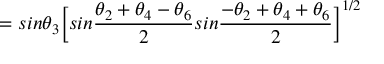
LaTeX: { } ~ ~ ~ ~ ~ ~ ~ ~ ~ ~ ~ ~ ~ ~ ~ ~ ~ ~ ~ ~ ~ ~ ~ ~ ~ ~ ~ ~ ~ ~ ~ ~ ~ ~ ~ ~ ~ ~ = s i n \theta _ { 3 } \bigg [ s i n \frac { \theta _ { 2 } + \theta _ { 4 } - \theta _ { 6 } } { 2 } s i n \frac { - \theta _ { 2 } + \theta _ { 4 } + \theta _ { 6 } } { 2 } \bigg ] ^ { 1 / 2 }